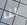
لنا